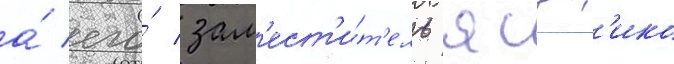
а́ его́ зам'ест'и́т'ель ясух'ико